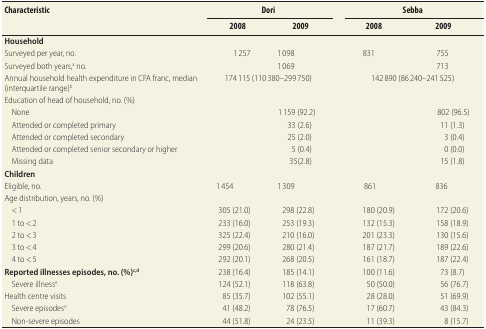
<table><thead><tr><td rowspan="2"><b>Characteristic</b></td><td colspan="2"><b>Dori</b></td><td rowspan="2">[EMPTY_CELL]</td><td colspan="3"><b>Sebba</b></td></tr><tr><td><b>2008</b></td><td><b>2009</b></td><td><b>2008</b></td><td colspan="2"><b>2009</b></td></tr></thead><tbody><tr><td><b>Household</b></td><td>[EMPTY_CELL]</td><td>[EMPTY_CELL]</td><td>[EMPTY_CELL]</td><td>[EMPTY_CELL]</td><td colspan="2">[EMPTY_CELL]</td></tr><tr><td>Surveyed per year, no.</td><td>1 257</td><td>1 098</td><td>[EMPTY_CELL]</td><td>831</td><td colspan="2">755</td></tr><tr><td>Surveyed both years,<sup>a</sup> no.</td><td colspan="2">1 069</td><td>[EMPTY_CELL]</td><td colspan="3">713</td></tr><tr><td>Annual household health expenditure in CFA franc, median (interquartile range)<sup>b</sup></td><td colspan="2">174 115 (110 380–299 750)</td><td>[EMPTY_CELL]</td><td colspan="3">142 890 (86 240–241 525)</td></tr><tr><td>Education of head of household, no. (%)</td><td colspan="2">[EMPTY_CELL]</td><td>[EMPTY_CELL]</td><td colspan="3">[EMPTY_CELL]</td></tr><tr><td>None</td><td colspan="2">1 159 (92.2)</td><td>[EMPTY_CELL]</td><td colspan="3">802 (96.5)</td></tr><tr><td>Attended or completed primary</td><td colspan="2">33 (2.6)</td><td>[EMPTY_CELL]</td><td colspan="3">11 (1.3)</td></tr><tr><td>Attended or completed secondary</td><td colspan="2">25 (2.0)</td><td>[EMPTY_CELL]</td><td colspan="3">3 (0.4)</td></tr><tr><td>Attended or completed senior secondary or higher</td><td colspan="2">5 (0.4)</td><td>[EMPTY_CELL]</td><td colspan="3">0 (0.0)</td></tr><tr><td>Missing data</td><td colspan="2">35(2.8)</td><td>[EMPTY_CELL]</td><td colspan="3">15 (1.8)</td></tr><tr><td><b>Children</b></td><td>[EMPTY_CELL]</td><td>[EMPTY_CELL]</td><td>[EMPTY_CELL]</td><td colspan="2">[EMPTY_CELL]</td><td>[EMPTY_CELL]</td></tr><tr><td>Eligible, no.</td><td>1 454</td><td>1 309</td><td>[EMPTY_CELL]</td><td colspan="2">861</td><td>836</td></tr><tr><td>Age distribution, years, no. (%)</td><td>[EMPTY_CELL]</td><td>[EMPTY_CELL]</td><td>[EMPTY_CELL]</td><td colspan="2">[EMPTY_CELL]</td><td>[EMPTY_CELL]</td></tr><tr><td>&lt; 1</td><td>305 (21.0)</td><td>298 (22.8)</td><td>[EMPTY_CELL]</td><td colspan="2">180 (20.9)</td><td>172 (20.6)</td></tr><tr><td>1 to &lt; 2</td><td>233 (16.0)</td><td>253 (19.3)</td><td>[EMPTY_CELL]</td><td colspan="2">132 (15.3)</td><td>158 (18.9)</td></tr><tr><td>2 to &lt; 3</td><td>325 (22.4)</td><td>210 (16.0)</td><td>[EMPTY_CELL]</td><td colspan="2">201 (23.3)</td><td>130 (15.6)</td></tr><tr><td>3 to &lt; 4</td><td>299 (20.6)</td><td>280 (21.4)</td><td>[EMPTY_CELL]</td><td colspan="2">187 (21.7)</td><td>189 (22.6)</td></tr><tr><td>4 to &lt; 5</td><td>292 (20.1)</td><td>268 (20.5)</td><td>[EMPTY_CELL]</td><td colspan="2">161 (18.7)</td><td>187 (22.4)</td></tr><tr><td><b>Reported illnesses episodes, no. (%)<sup>c,d</sup></b></td><td>238 (16.4)</td><td>185 (14.1)</td><td>[EMPTY_CELL]</td><td colspan="2">100 (11.6)</td><td>73 (8.7)</td></tr><tr><td>Severe illness<sup>e</sup></td><td>124 (52.1)</td><td>118 (63.8)</td><td>[EMPTY_CELL]</td><td colspan="2">50 (50.0)</td><td>56 (76.7)</td></tr><tr><td>Health centre visits</td><td>85 (35.7)</td><td>102 (55.1)</td><td>[EMPTY_CELL]</td><td colspan="2">28 (28.0)</td><td>51 (69.9)</td></tr><tr><td>Severe episodes<sup>e</sup></td><td>41 (48.2)</td><td>78 (76.5)</td><td>[EMPTY_CELL]</td><td colspan="2">17 (60.7)</td><td>43 (84.3)</td></tr><tr><td>Non-severe episodes</td><td>44 (51.8)</td><td>24 (23.5)</td><td>[EMPTY_CELL]</td><td colspan="2">11 (39.3)</td><td>8 (15.7)</td></tr></tbody></table>